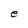
Character: e